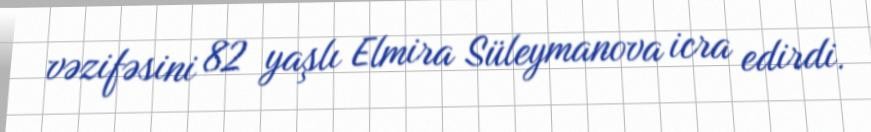
vəzifəsini 82 yaşlı Elmira Süleymanova icra edirdi.